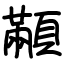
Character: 顢